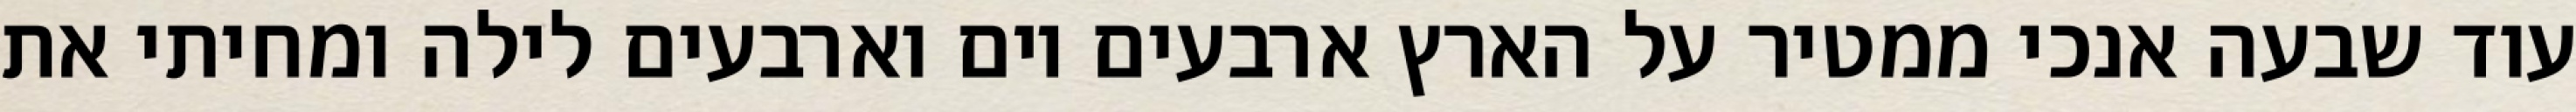
עוד שבעה אנכי ממטיר על הארץ ארבעים יום וארבעים לילה ומחיתי את